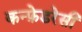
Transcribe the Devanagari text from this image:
कन्फ़ेडरेसी